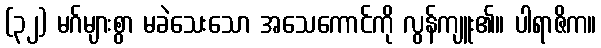
(၃၂) မဂ်များစွာ မခဲသေးသော အသေကောင်ကို လွန်ကျူး၏။ ပါရာဇိက။